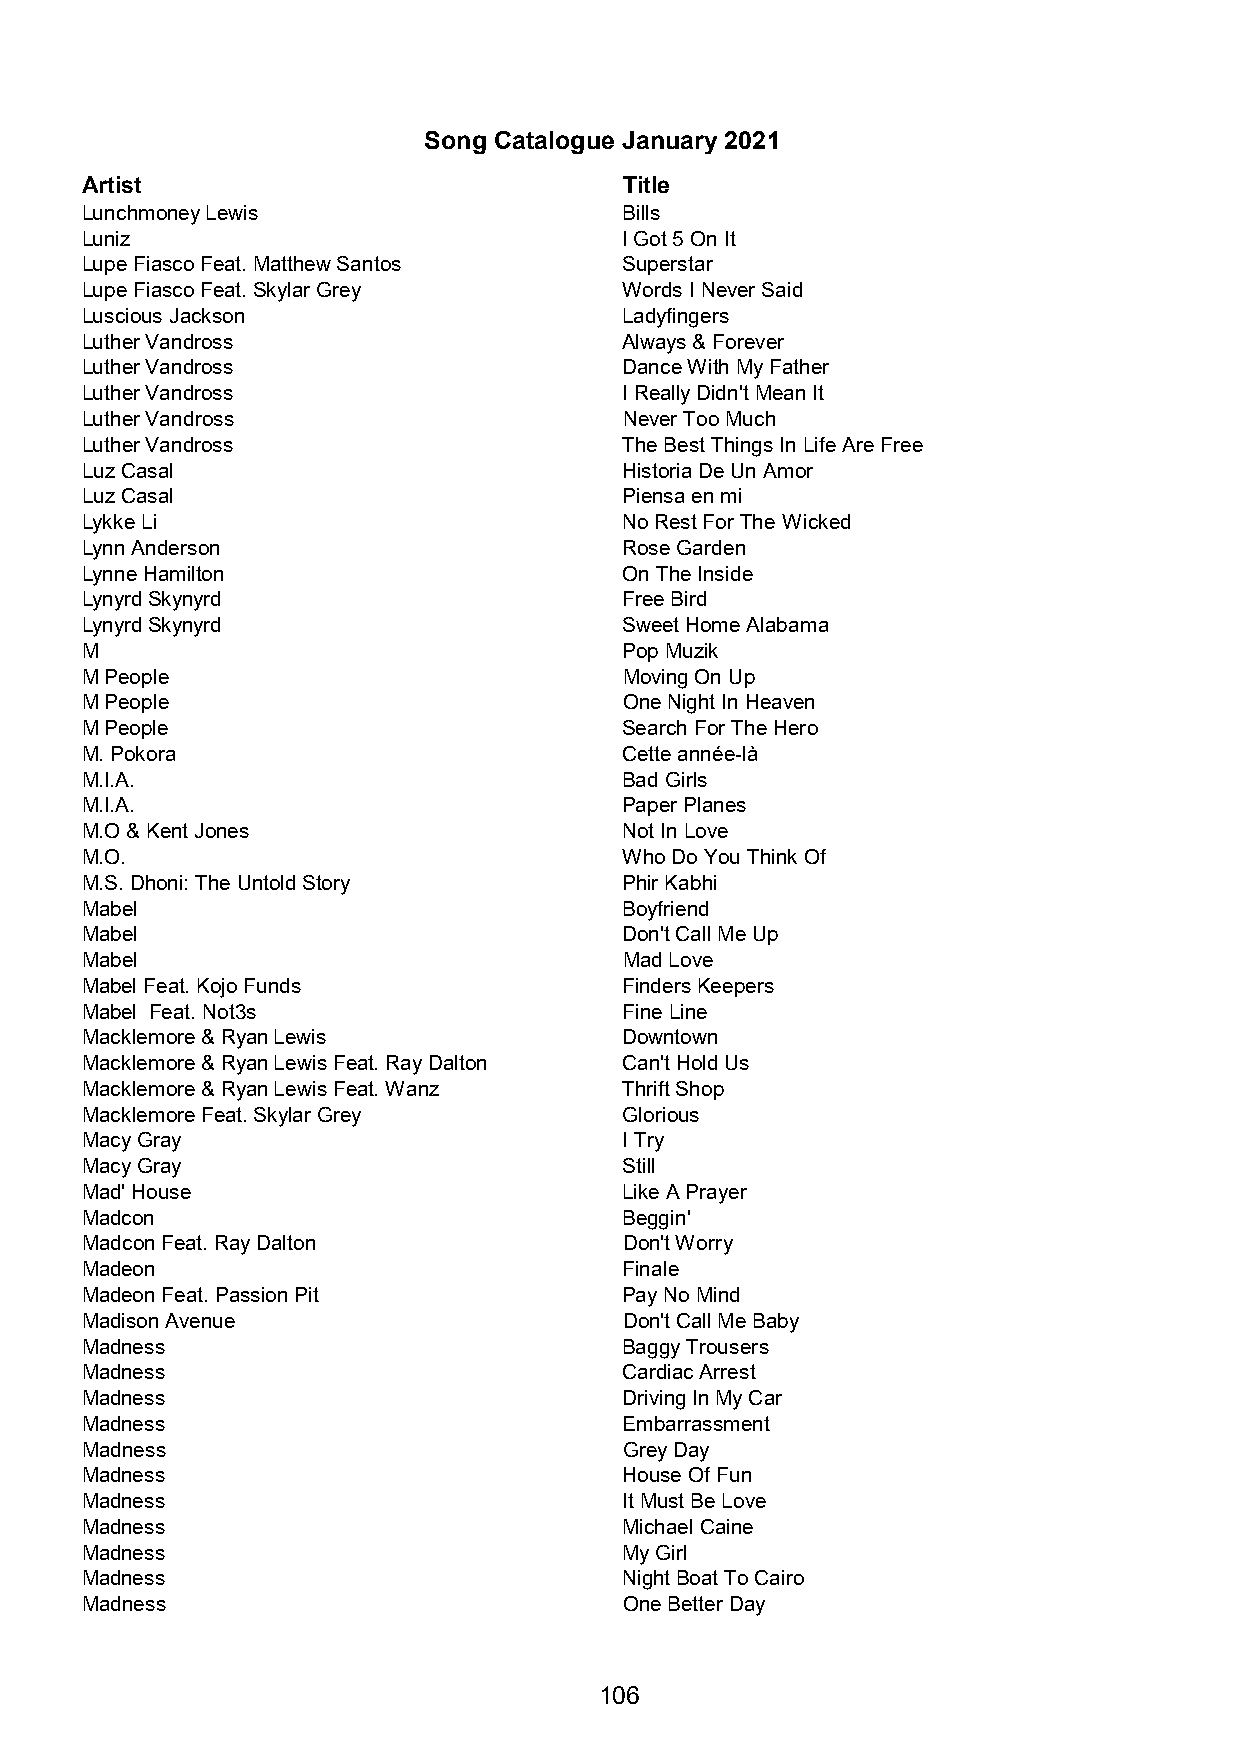
Song Catalogue January 2021
 Artist                              Title
 Lunchmoney Lewis                    Bills
 Luniz                               I Got 5 On It
 Lupe Fiasco Feat. Matthew Santos    Superstar
 Lupe Fiasco Feat. Skylar Grey       Words I Never Said
 Luscious Jackson                    Ladyfingers
 Luther Vandross                     Always & Forever
 Luther Vandross                     Dance With My Father
 Luther Vandross                     I Really Didn't Mean It
 Luther Vandross                     Never Too Much
 Luther Vandross                     The Best Things In Life Are Free
 Luz Casal                           Historia De Un Amor
 Luz Casal                           Piensa en mi
 Lykke Li                            No Rest For The Wicked
 Lynn Anderson                       Rose Garden
 Lynne Hamilton                      On The Inside
 Lynyrd Skynyrd                      Free Bird
 Lynyrd Skynyrd                      Sweet Home Alabama
 M                                   Pop Muzik
 M People                            Moving On Up
 M People                            One Night In Heaven
 M People                            Search For The Hero
 M. Pokora                           Cette année-là
 M.I.A.                              Bad Girls
 M.I.A.                              Paper Planes
 M.O & Kent Jones                    Not In Love
 M.O.                                Who Do You Think Of
 M.S. Dhoni: The Untold Story        Phir Kabhi
 Mabel                               Boyfriend
 Mabel                               Don't Call Me Up
 Mabel                               Mad Love
 Mabel Feat. Kojo Funds              Finders Keepers
 Mabel Feat. Not3s                   Fine Line
 Macklemore & Ryan Lewis             Downtown
 Macklemore & Ryan Lewis Feat. Ray Dalton Can't Hold Us
 Macklemore & Ryan Lewis Feat. Wanz  Thrift Shop
 Macklemore Feat. Skylar Grey        Glorious
 Macy Gray                           I Try
 Macy Gray                           Still
 Mad' House                          Like A Prayer
 Madcon                              Beggin'
 Madcon Feat. Ray Dalton             Don't Worry
 Madeon                              Finale
 Madeon Feat. Passion Pit            Pay No Mind
 Madison Avenue                      Don't Call Me Baby
 Madness                             Baggy Trousers
 Madness                             Cardiac Arrest
 Madness                             Driving In My Car
 Madness                             Embarrassment
 Madness                             Grey Day
 Madness                             House Of Fun
 Madness                             It Must Be Love
 Madness                             Michael Caine
 Madness                             My Girl
 Madness                             Night Boat To Cairo
 Madness                             One Better Day
 106